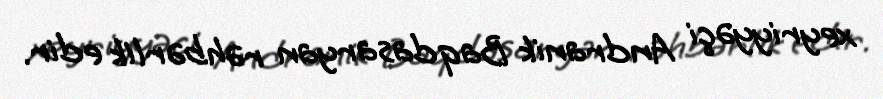
xeyriyyəçi Andranik Baqdasaryan rəhbərlik edir.